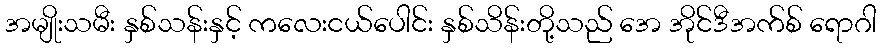
အမျိုးသမီး နှစ်သန်းနှင့် ကလေးငယ်ပေါင်း နှစ်သိန်းတို့သည် အေ အိုင်ဒီအက်စ် ရောဂါ